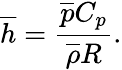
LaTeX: {\overline{{h}}}={\frac{{\overline{{p}}}C_{p}}{{\overline{{\rho}}}R}}.